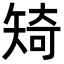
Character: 𥏜